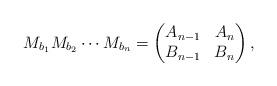
LaTeX: \begin{align*}M_{b_1} M_{b_2} \cdots M_{b_n} = \begin{pmatrix} A_{n-1} & A_n \\ B_{n-1} & B_n\end{pmatrix},\end{align*}